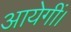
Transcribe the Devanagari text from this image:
आयेगीं।